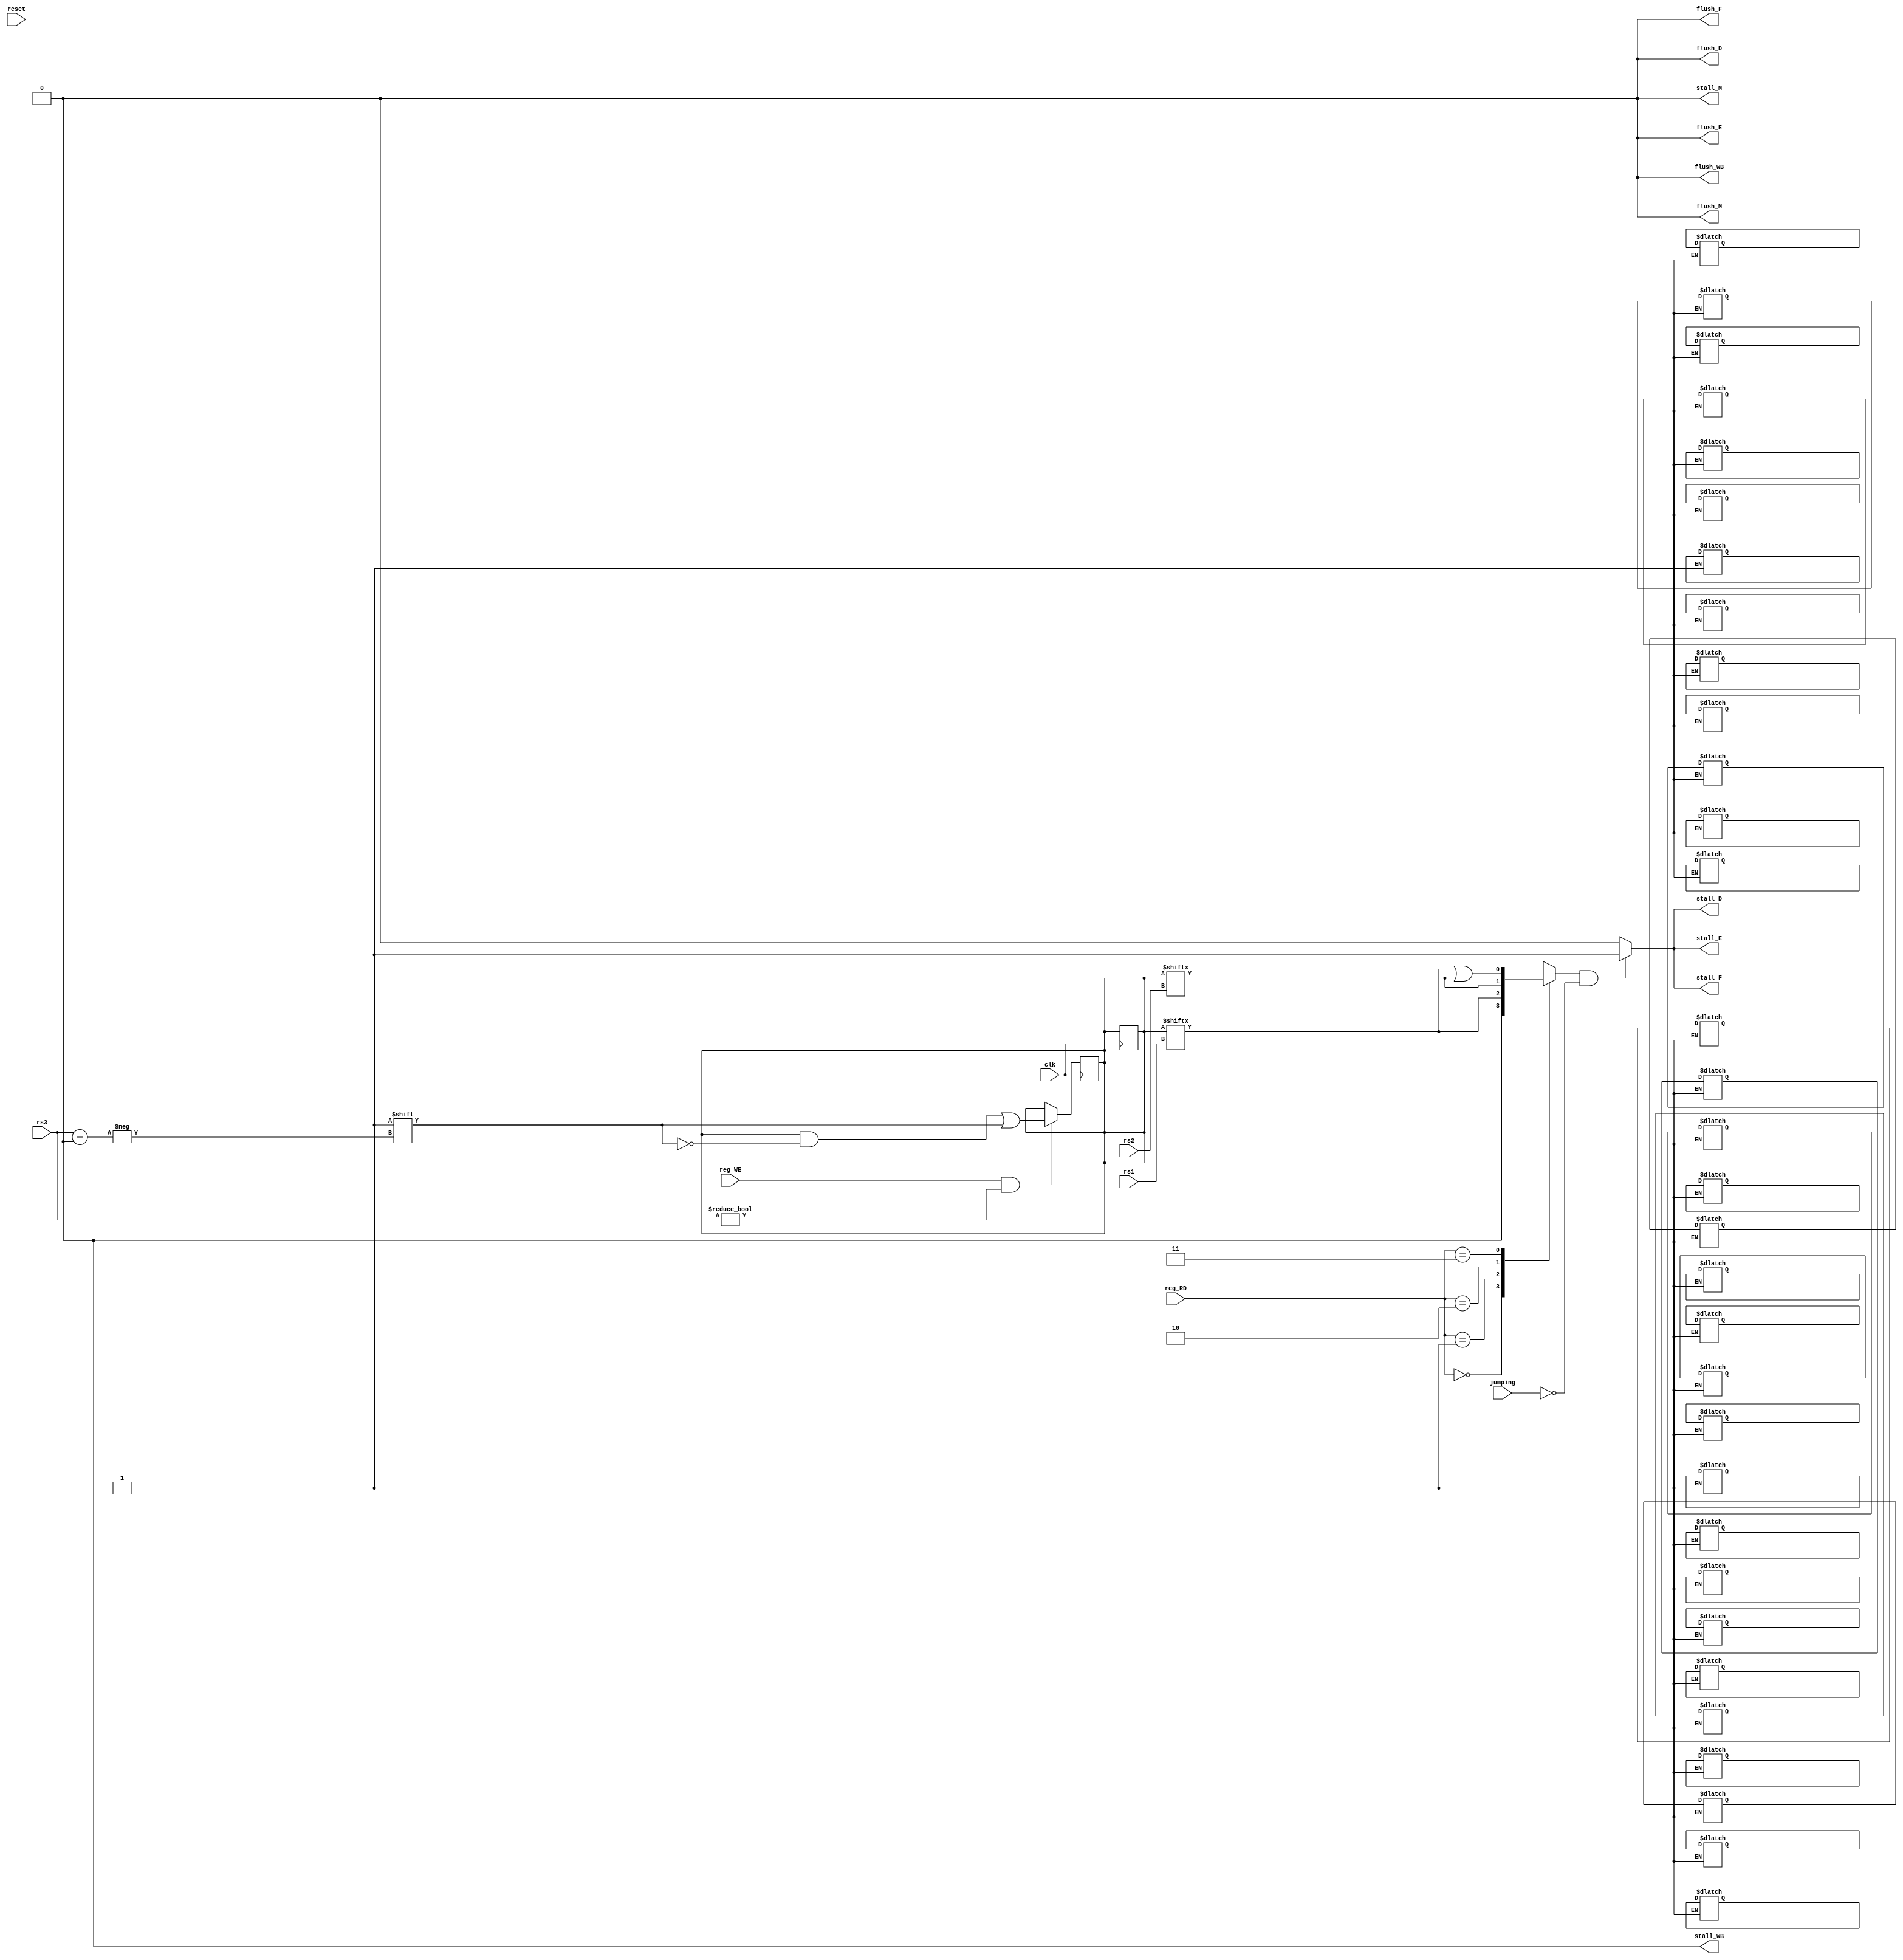
module hazard_logic(clk, reset, reg_WE, reg_RD, rs1, rs2, rs3, jumping,
                    flush_F, flush_D, flush_E, flush_M, flush_WB,
                    stall_F, stall_D, stall_E, stall_M, stall_WB);

  input           clk, reset;
  input           reg_WE;
  input           jumping;
  input [1:0]     reg_RD;
  input [4:0]     rs1, rs2, rs3;
  output wire     flush_F, flush_D, flush_E, flush_M, flush_WB;
  output wire     stall_F, stall_D, stall_E, stall_M, stall_WB;


  reg             flush_F_n = 0, flush_D_n = 0, flush_E_n = 0, flush_M_n = 0, flush_WB_n = 0;
  reg             stall_F_n = 0, stall_D_n = 0, stall_E_n = 0, stall_M_n = 0, stall_WB_n = 0;

  assign flush_F = flush_F_n;
  assign flush_D = flush_D_n;
  assign flush_E = flush_E_n;
  assign flush_M = flush_M_n;
  assign flush_WB = flush_WB_n;
  assign stall_F = stall_F_n;
  assign stall_D = stall_D_n;
  assign stall_E = stall_E_n;
  assign stall_M = stall_M_n;
  assign stall_WB = stall_WB_n;


  reg         rd_wr_collision = 0;
  //wire        rd_wr_collision;
  reg [31:0]  reg_reserve = 32'h00000000;

  // Hazard State Machine

  localparam OPERATIONAL_STATE = 2'b00;
  localparam COLLISION_STATE = 2'b01;
  localparam JUMP_STATE = 2'b10;
  reg [1:0]  current_state = OPERATIONAL_STATE;
  // reg [1:0]  next_state = OPERATIONAL_STATE;

  // State Register
  // always @(posedge clk, posedge reset) begin
  //   if (reset)
  //     current_state <= OPERATIONAL_STATE;
  //   else
  //     current_state <= next_state;
  // end

  // State Transition
  always @(posedge clk) begin
    case (current_state)
      OPERATIONAL_STATE:
        if (jumping)
          current_state <= JUMP_STATE;
        else if (rd_wr_collision)
          current_state <= COLLISION_STATE;
        else
          current_state <= OPERATIONAL_STATE;
      JUMP_STATE:
        if (rd_wr_collision)
            current_state <= COLLISION_STATE;
        else
          current_state <= OPERATIONAL_STATE;
      COLLISION_STATE:
        if (jumping)
          current_state <= JUMP_STATE;
        else if (rd_wr_collision)
          current_state <= COLLISION_STATE;
        else
          current_state <= OPERATIONAL_STATE;
    endcase
  end


  // State Logic
  always @(current_state) begin
    case (current_state)
      OPERATIONAL_STATE:
        begin
          flush_D_n <= 1'b0;
          flush_E_n <= 1'b0;
          flush_M_n <= 1'b0;
        end
      JUMP_STATE:
        begin
          if (reg_WE_E)
            reg_reserve[rs3_E] = 1'b0;
          if (reg_WE_M)
            reg_reserve[rs3_M] = 1'b0;
            
          flush_D_n <= 1'b1;
          flush_E_n <= 1'b1;
          flush_M_n <= 1'b1;
        end
      COLLISION_STATE:
        begin
          flush_D_n <= 1'b0;
          flush_E_n <= 1'b1;
          flush_M_n <= 1'b0;
        end
    endcase
  end

  always @(negedge clk) begin
    flush_D_n <= 1'b0;
    flush_E_n <= 1'b0;
    flush_M_n <= 1'b0;
  end

  // Clearing and setting the reg_reserve on different edges 
  // allows for CPU to return from stalling 1 cycle faster

  // Set on rising edge
  always @(posedge clk) begin
    if (reg_WE & (rs3 != 0)) 
      reg_reserve[rs3] <= 1'b1;
  end
  // Clear on falling edge
  always @(negedge clk) begin
    if (reg_WE_WB)
      reg_reserve[rs3_WB] <= 1'b0;
  end

  // Continuesly checking for a read write collision
  always @(*) begin
    case (reg_RD)
      2'b00:   rd_wr_collision <= 1'b0;
      2'b01:   rd_wr_collision <= reg_reserve[rs1];
      2'b10:   rd_wr_collision <= reg_reserve[rs2];
      2'b11:   rd_wr_collision <= reg_reserve[rs1] | reg_reserve[rs2];
    endcase
  end

  // assign rd_wr_collision = (reg_RD == 2'b00) ? 1'b0 : {(reg_RD == 2'b01) ? reg_reserve[rs1] : {(reg_RD == 2'b10) ? reg_reserve[rs2] : reg_reserve[rs1] | reg_reserve[rs2]}};

  always @(*) begin
    if (rd_wr_collision & ~jumping) begin
      stall_F_n <= 1'b1;
      stall_D_n <= 1'b1; 
      stall_E_n <= 1'b1; 
    end
    else begin
      stall_F_n <= 1'b0;
      stall_D_n <= 1'b0; 
      stall_E_n <= 1'b0; 
    end
  end


  // ----------------------------- //
  // Execute
  // ----------------------------- //

  reg [4:0]       rs3_E = 0;
  reg             reg_WE_E = 0;
  wire            enable_E;

  assign enable_E       = ~stall_E_n;

  // REG_execute
  always @(posedge clk, posedge reset) begin
    if (reset) begin
      rs3_E <= 0;
      reg_WE_E <= 0;
    end
    else if (enable_E) begin
      rs3_E <= rs3;
      reg_WE_E <= reg_WE;
    end
  end
  always @(posedge flush_E_n) begin
    rs3_E <= 0;
    reg_WE_E <= 0;
  end

  // ----------------------------- //
  // Memory
  // ----------------------------- //

  reg [4:0]       rs3_M = 0;
  reg             reg_WE_M = 0;
  wire            enable_M;

  assign enable_M       = ~stall_M_n;

  // REG_memory
  always @(posedge clk, posedge reset) begin
    if (reset) begin
      rs3_M <= 0;
      reg_WE_M <= 0;
    end
    else if (enable_M) begin
      rs3_M <= rs3_E;
      reg_WE_M <= reg_WE_E;
    end
  end
  always @(posedge flush_M_n) begin
    rs3_M <= 0;
    reg_WE_M <= 0;
  end


  // // ----------------------------- //
  // // Write Back
  // // ----------------------------- //

  reg [4:0]       rs3_WB = 0;
  reg             reg_WE_WB = 0;
  wire            enable_WB;

  assign enable_WB       = ~stall_WB_n;

  // REG_writeback
  always @(posedge clk, posedge reset) begin
    if (reset) begin
      reg_WE_WB <= 0;
      rs3_WB <= 0;
    end
    else if (enable_WB) begin
      reg_WE_WB <= reg_WE_M;
      rs3_WB <= rs3_M;
    end
  end
  always @(posedge flush_WB_n) begin
    reg_WE_WB <= 0;
    rs3_WB <= 0;
  end


endmodule